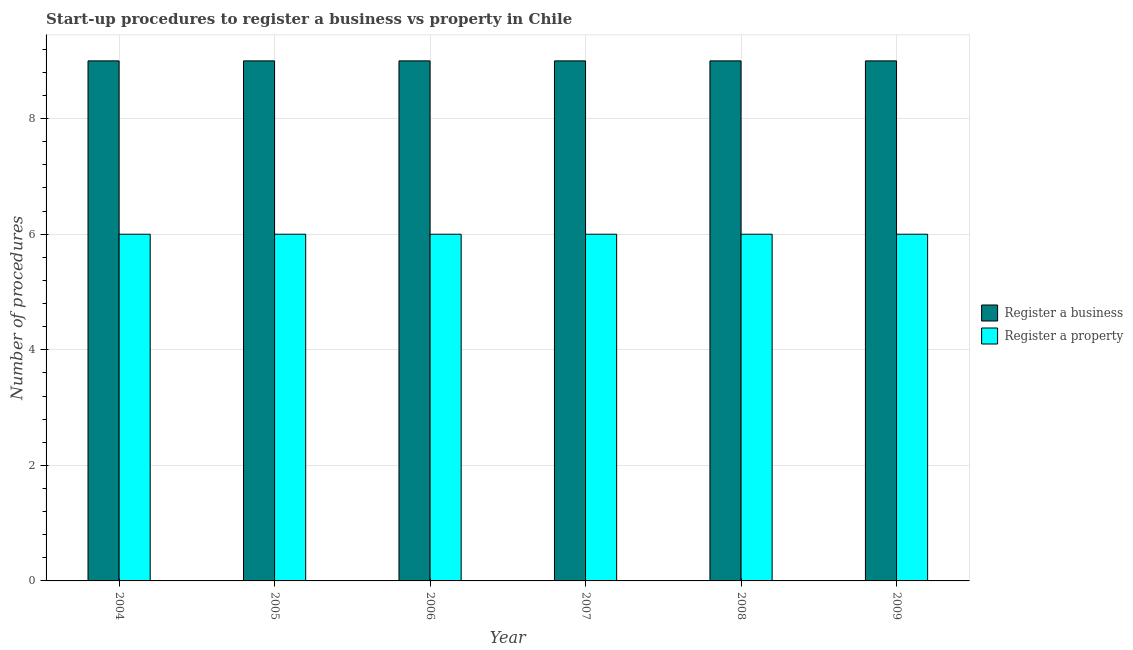
| Year | Register a business | Register a property |
 | --- | --- | --- |
 | 2004 | 9 | 6 |
 | 2005 | 9 | 6 |
 | 2006 | 9 | 6 |
 | 2007 | 9 | 6 |
 | 2008 | 9 | 6 |
 | 2009 | 9 | 6 |